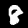
Label: 8